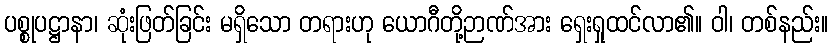
ပစ္စုပဋ္ဌာနာ၊ ဆုံးဖြတ်ခြင်း မရှိသော တရားဟု ယောဂီတို့ဉာဏ်အား ရှေးရှုထင်လာ၏။ ဝါ၊ တစ်နည်း။